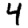
Digit: 4